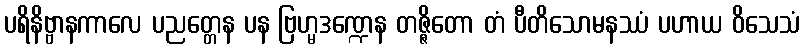
ပရိနိဗ္ဗာနကာလေ ပညတ္တေန ပန ဗြဟ္မဒဏ္ဍေန တဇ္ဇိတော တံ ပီတိသောမနဿံ ပဟာယ ဝိသေသံ